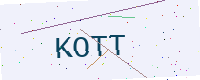
Text: KOTT